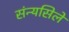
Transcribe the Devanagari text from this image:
संन्यसिले